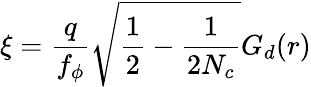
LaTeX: \xi=\frac{q}{f_{\phi}}\sqrt{\frac{1}{2}-\frac{1}{2N_{c}}}G_{d}(r)